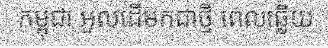
កម្ពុជា អួលដើមកជាថ្មី ពេលឆ្លើយ